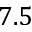
7 . 5